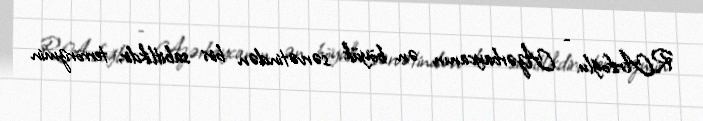
R.Arifoğlu: - Azərbaycanın ən böyük sərvətindən biri sabitlikdir, terrorizmin